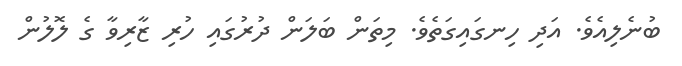
ބުނެލިއެވެ. އަދި ހިނގައިގަތެވެ. މިތަން ބަލަން ދުރުގައި ހުރި ޒާރިވާ ގެ ލޮލުން